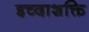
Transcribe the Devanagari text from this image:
इच्दाशक्ति